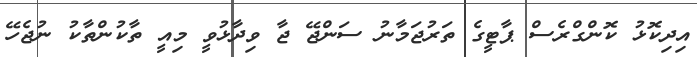
އިދިކޮޅު ކޮންގްރެސް ޕާޓީގެ ތަރުޖަމާނު ސަންޖޭ ޖާ ވިދާޅުވީ މިއީ ތާކުންތާކު ނުޖެހޭ